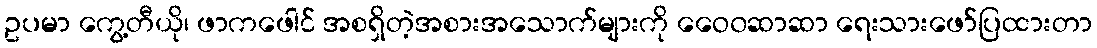
ဥပမာ ကွေ့တီယို၊ ဖာကဖေါင် အစရှိတဲ့အစားအသောက်များကို ဝေေ၀ဆာဆာ ရေးသားဖော်ပြထားတာ